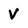
Character: V